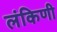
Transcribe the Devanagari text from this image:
लंकिणी